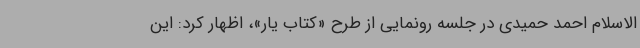
الاسلام احمد حمیدی در جلسه رونمایی از طرح «کتاب یار»، اظهار کرد: این